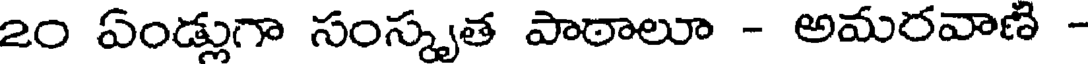
20 ఏండ్లుగా సంస్కృత పాఠాలూ - అమరవాణి -